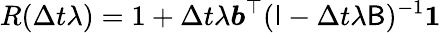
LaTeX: R(\Delta t\lambda)=1+\Delta t\lambda\boldsymbol{b}^{\top}(\mathsf{I}-\Delta t\lambda\mathsf{B})^{-1}\boldsymbol{1}